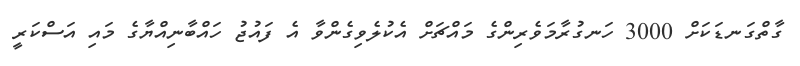
ގާތްގަނޑަކަށް 3000 ހަނގުރާމަވެރިންގެ މައްޗަށް އެކުލެވިގެންވާ އެ ފައުޖު ހައްބާނިއްޔާގެ މައި އަސްކަރީ